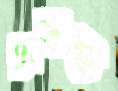
এডল্ফ